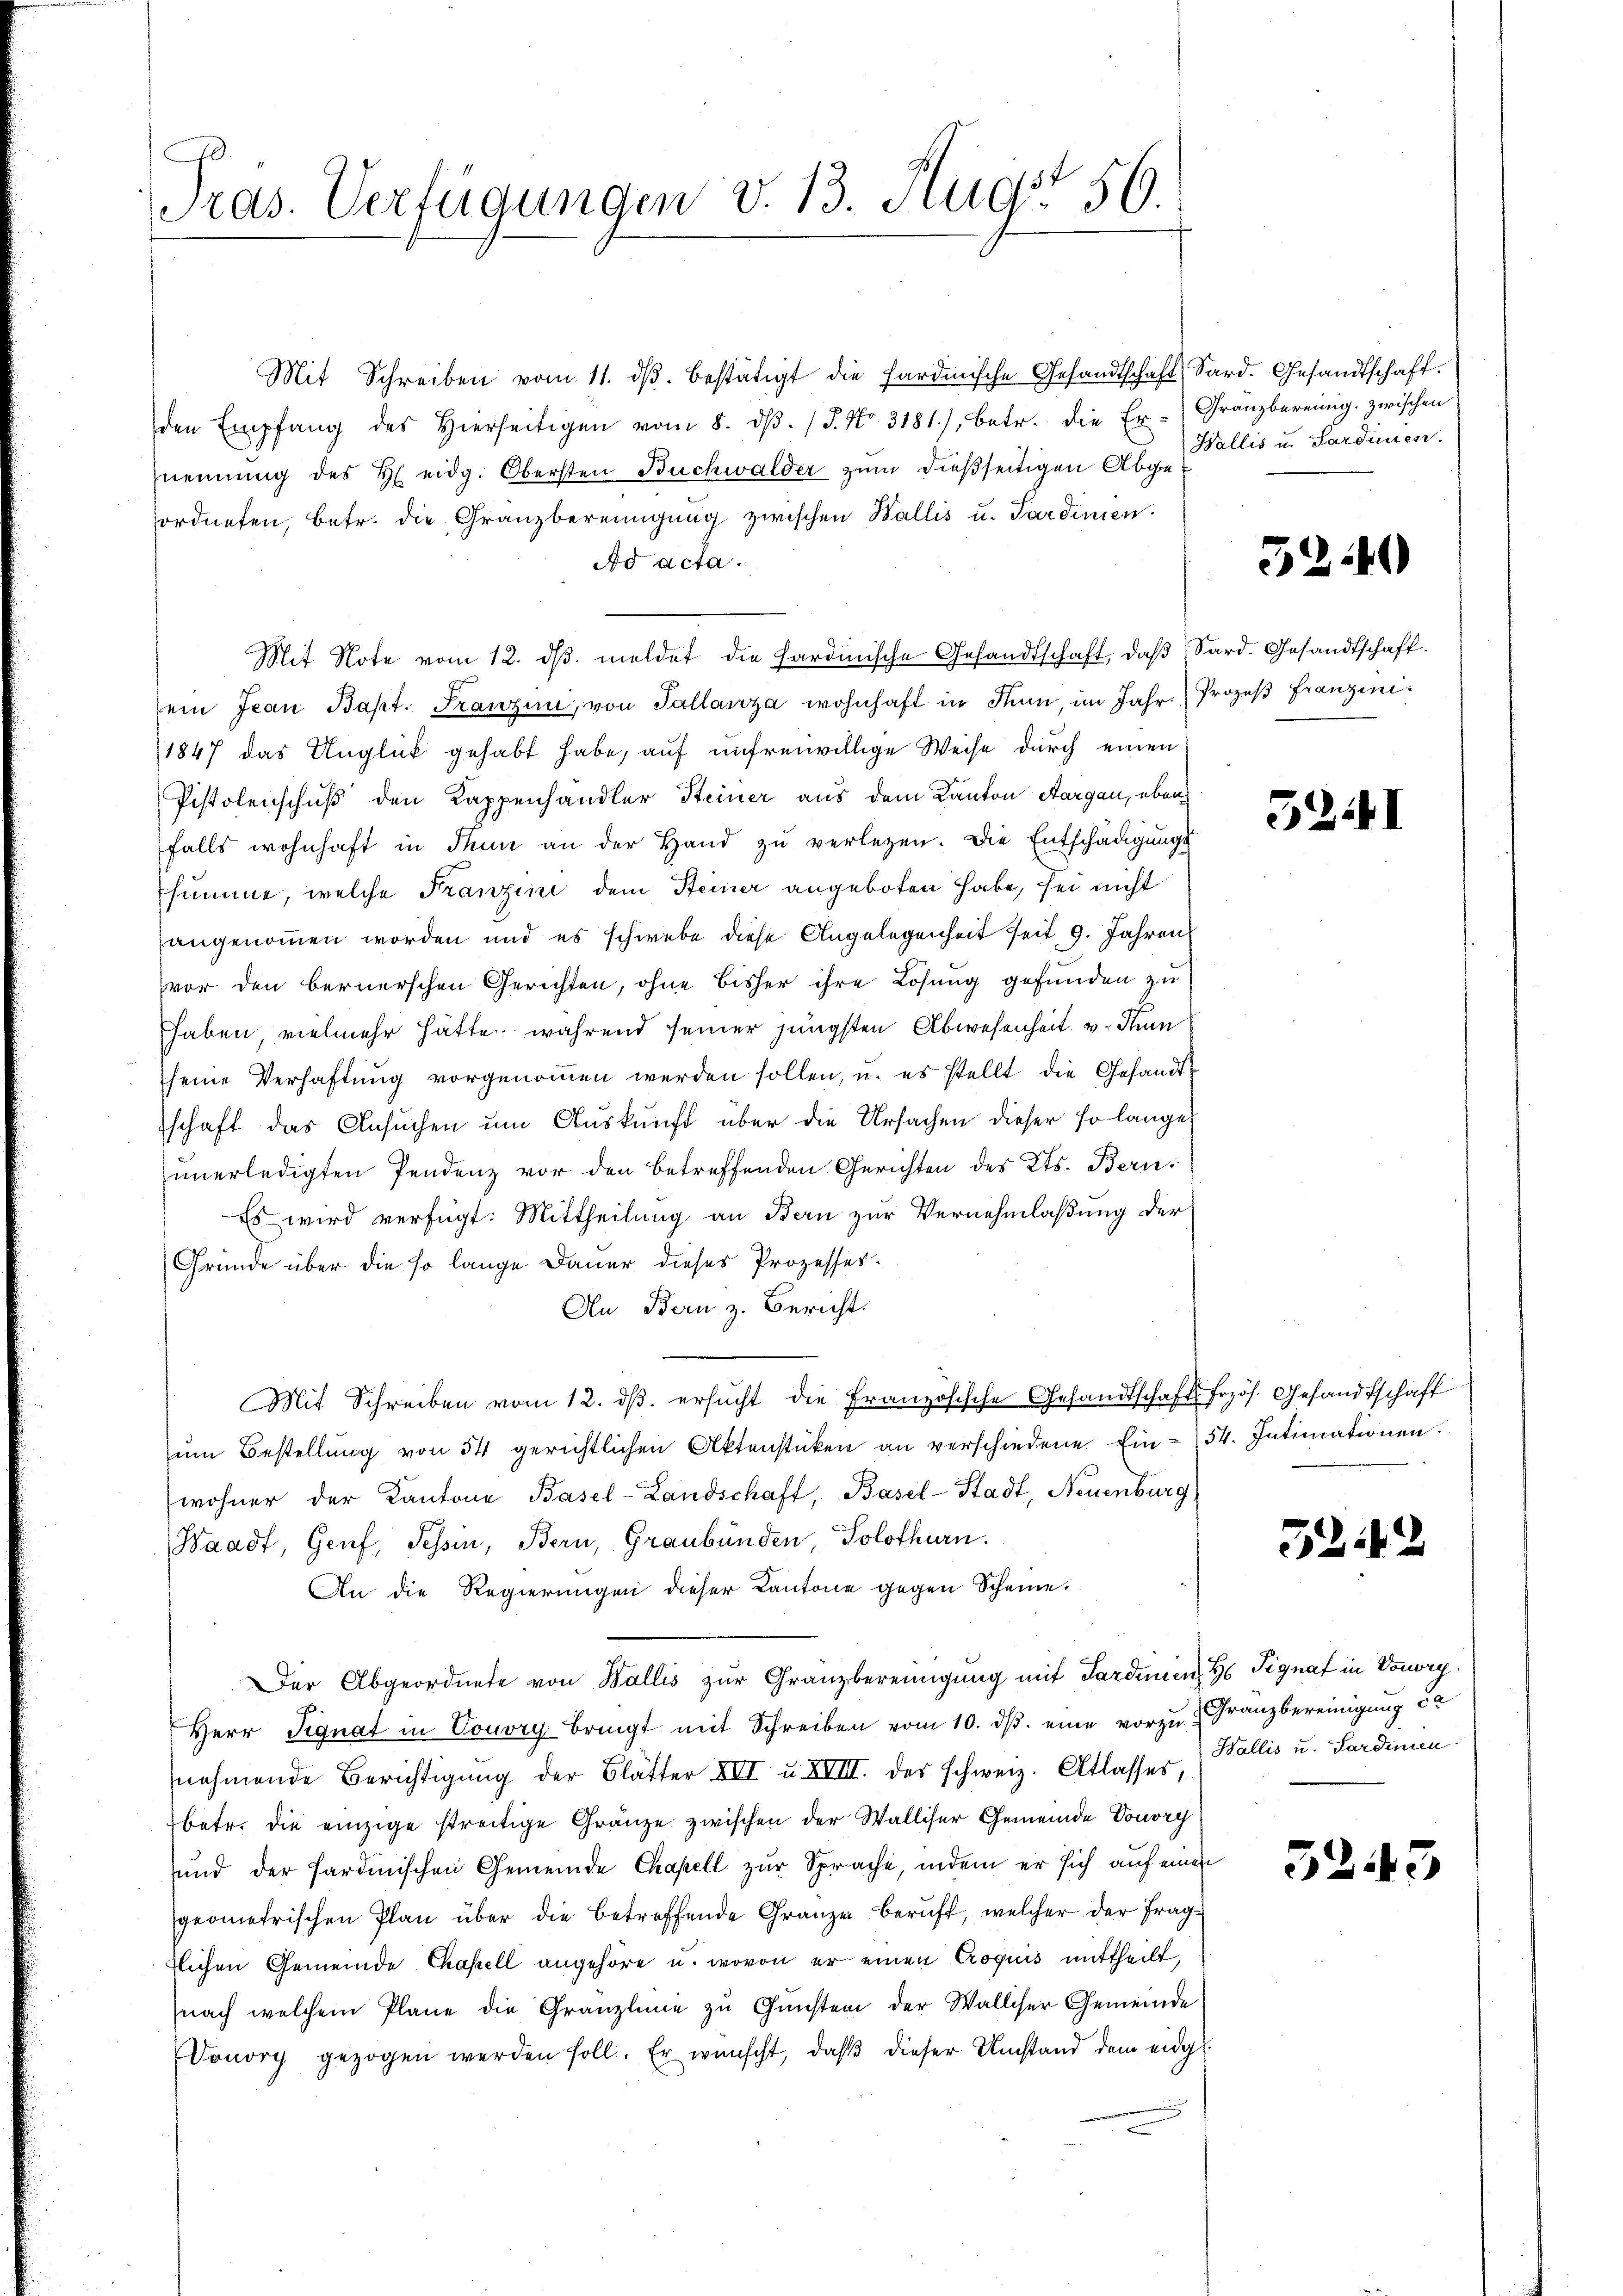
Tras. Verfügungen v. 13. Augst 56.

Mit Schreiben vom 11. dβ bestätigt die fardische Gesandtschaft Sard. Gesandtschaft.
den Empfang des hierseitigen vom 8. dβ. / 5. No. 3181), betr. die Er-Granzbereinig zwischen
nennung des H. eidg. Obersten Buchwalder zum dießseitigen Abgeordneten, betr. die Gränzbereinigŭng zwischen Wallis u. Sardinien.
Ad acta.
Mit Note vom 12. dβ meldet die Sardinische Gesandtschaft, daβ Sard. Gesandtschaft.
ein Jean Bapt. Franzin, von Tallanza wohnhaft in Finn, im Jahr. Prozeß franzini¬
1847 das Unglück gehabt habe, auf unfreiwillige Weise durch einen
Pistolenschuß den Kappenhandler Steiner aus dem Kanton Aargau, eben
falls wohnhaft in Thun an der Hand zŭ verlegen. Die Entschädigŭngs-
summe, welche Franzini dem Steiner angeboten habe, sei nicht
angenommen worden und es schwebe diese Angelegenheit seit 9. Jahren
vor den bernerschen Gerichten, ohne bisher ihre Lösung gefunden zu
haben, vielmehr hätte, während seiner jüngsten Abwesenheit v. Thun
seine Verhaftŭng vorgenoṁen werden sollen, u. es stellt die Gesandt-
schaft das Ansuchen um Auskunft über die Ursachen dieser so langes
unerledigten Pendenz vor den betreffenden Gerichten des Kts. Bern,
Es wird verfügt: Mittheilung an Bern zur Vernehmlassung der
Gründe über die so lange Dauer dieses Prozesser¬
An Bern z. Bericht.
Mit Schreiben vom 12. dβ. ersucht die Französische Gesandtschaftsfrzös. Gesandtschaft
ŭm Bestellŭng von 54 gerichtlichen Aktenstücken an verschiedene Ein-54. Intimationen.
wohner der Kantone Basel-Landschaft, Basel-Stadt, Neuenburg,
Waadt, Genf, Tessin, Bern, Graubünden, Solothurn.
An die Regierungen dieser Kantone gegen Scheine
Der Abgeordnete von Wallis zur Gränzbereinigung mit Sardinien H Signat in Vorory.
Herr Signat in Vouvry bringt mit Schreiben vom 10. dβ. eine vorzu Franzbereinigung da
nehmende Berichtigung der Blätter XVI u. XVIII. des schweiz. Atlasser, Wallis u. Lardinien.
betr. die einzige streitige Gränze zwischen der Walliser Gemeinde Vouvry
sund der sardinischen Gemeinde Chapell zur Sprache, indem er sich auf einen
geometrischen Plan über die betreffende Gränze beruft, welcher der Fraglichen Gemeinde Chapell angehöre u. wovon er einen Croquis mittheilt,
nach welchem Plane die Granzlinie zu Gunsten der Walliser Gemeinde
Donorg gezogen werden soll. Er wünscht, daβ dieser Umstand dem eidg.

Wallis u. Sardien.

5240

5241

522

3245